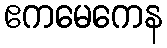
ဧကမေကေန